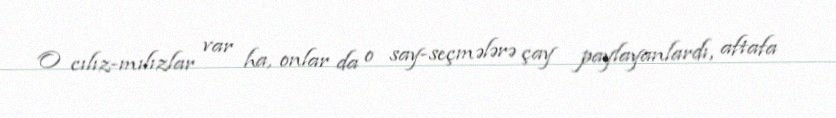
O cılız-mılızlar var ha, onlar da o say-seçmələrə çay paylayanlardı, aftafa